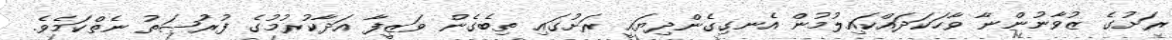
ރަށުގެ ޒުވާނުންނާ ވާހަކަދައްކައިލުމުން އެނގިގެންދިޔައީ ރަށުގައި ތިބެގެން ވަޒީފާ އަދާކުރުމުގެ ފުރުޞަތު ނެތްކަމެވެ.